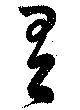
有